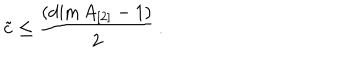
\tilde { c } \leq \frac { ( \dim A _ { [ 2 ] } - 1 ) } { 2 } \, .